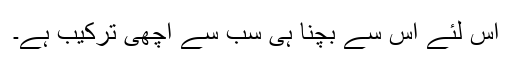
اس لئے اس سے بچنا ہی سب سے اچھی ترکیب ہے۔